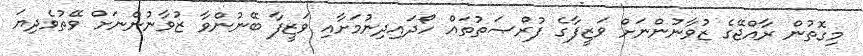
މިގޮތުން ރާއްޖޭގެ ޒުވާނުންނަށް ވަޒީފާގެ ފުރްޞަތުތައް ހޯދައިދިނުމަށާއި ވަޒީފާ ބޭނުންވާ ޒުވާނުންނަށް ވޭތުވެދިޔަ